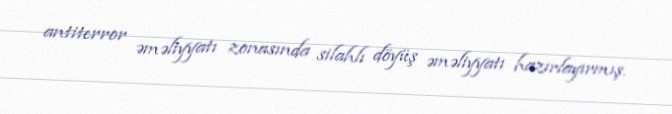
antiterror əməliyyatı zonasında silahlı döyüş əməliyyatı hazırlayırmış.